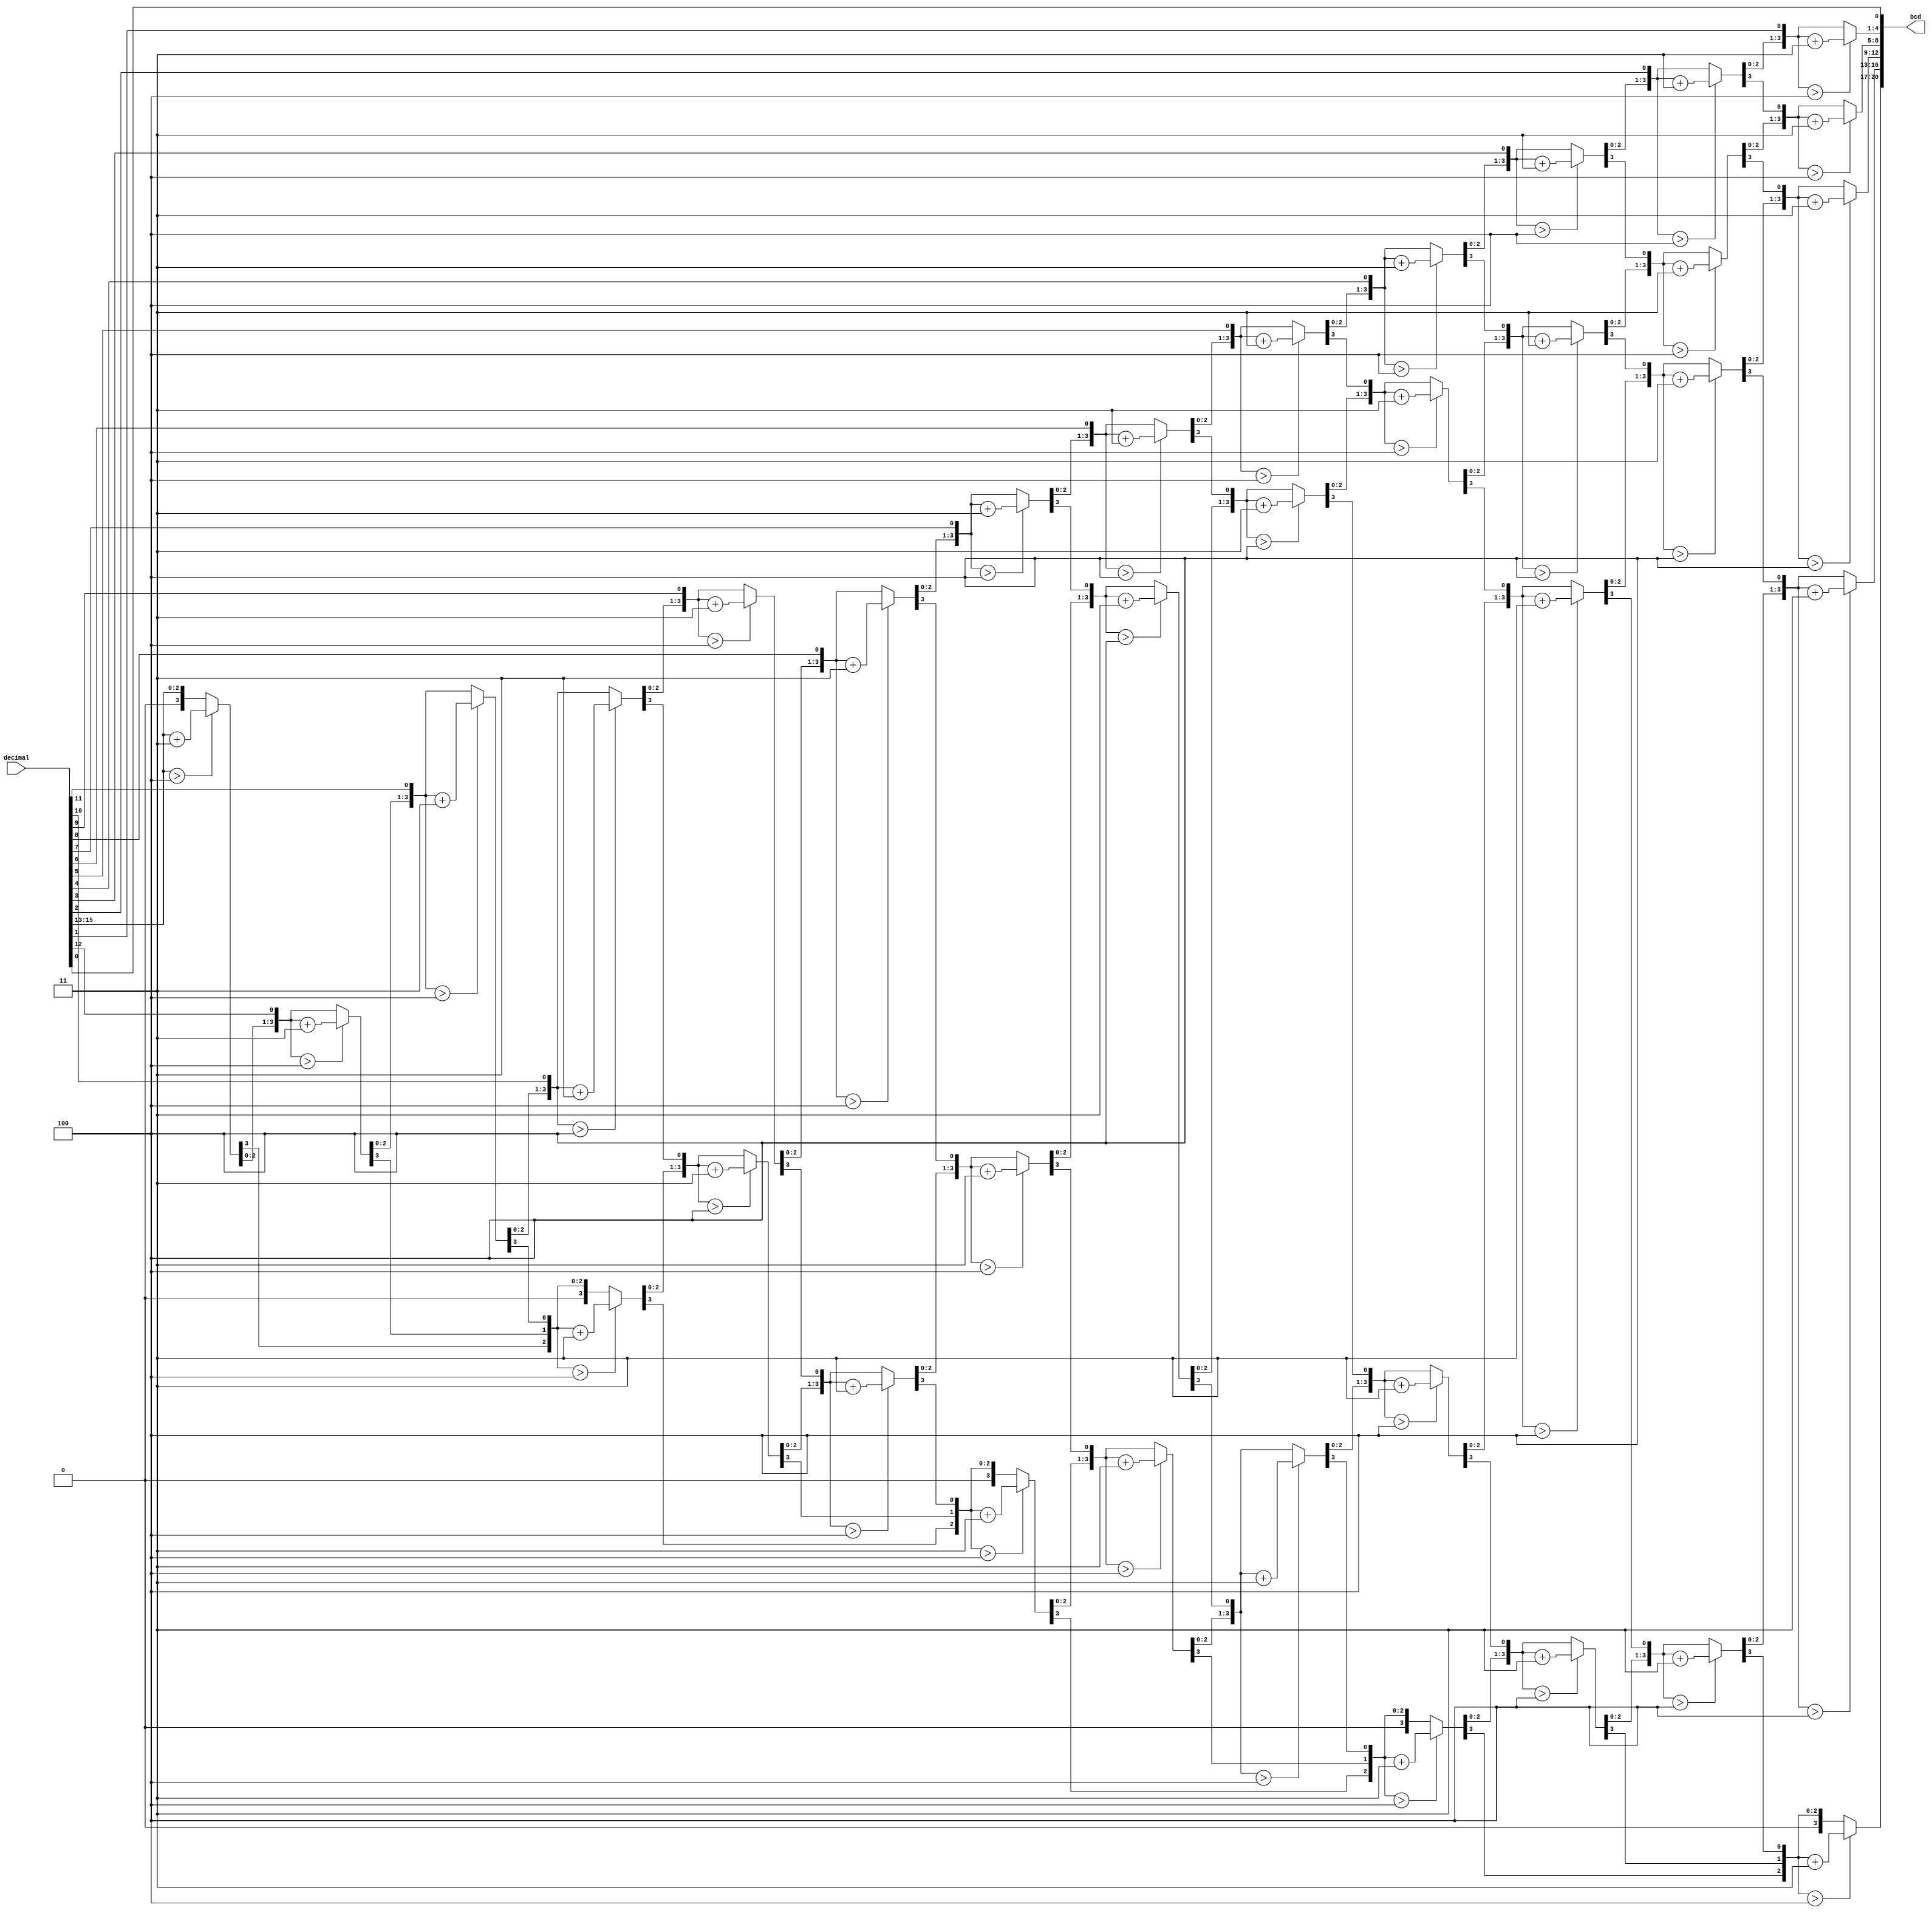


module decimal_to_bcd
 #( parameter                W = 16)  // input width
  ( input      [W-1      :0] decimal   ,  // decimal
    output reg [W+(W-4)/3:0] bcd   ); // bcd {...,thousands,hundreds,tens,ones}

  integer i,j;

  always @(decimal) begin
    for(i = 0; i <= W+(W-4)/3; i = i+1) bcd[i] = 0;     // initialize with zeros
    bcd[W-1:0] = decimal;                                   // initialize with input vector
    for(i = 0; i <= W-4; i = i+1)                       // iterate on structure depth
      for(j = 0; j <= i/3; j = j+1)                     // iterate on structure width
        if (bcd[W-i+4*j -: 4] > 4)                      // if > 4
          bcd[W-i+4*j -: 4] = bcd[W-i+4*j -: 4] + 4'd3; // add 3
  end

endmodule